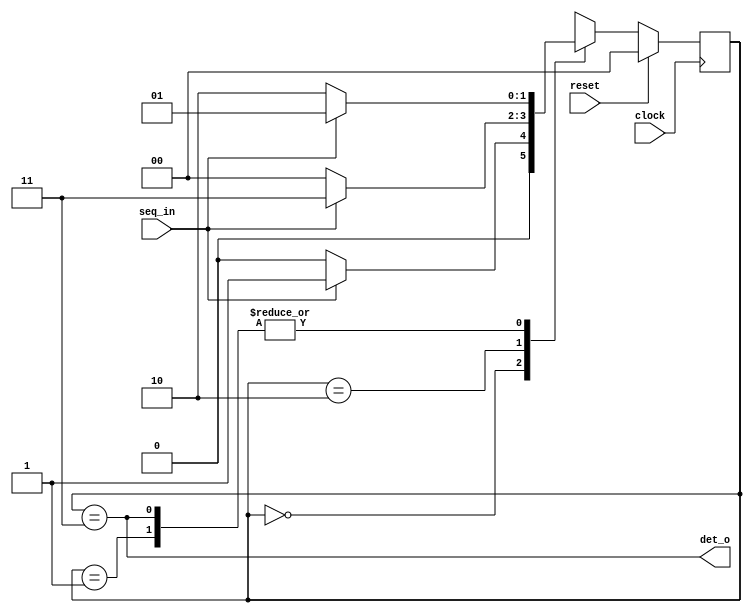
module seq_det(input seq_in,clock,reset,output det_o);
reg [1:0]state,next_state;
parameter IDLE=2'b00, STATE1 = 2'b01, STATE2 = 2'b10, STATE3=2'b11;

always@(posedge clock)begin
	if(reset)begin
		state<=IDLE;
	end
	else begin
		state<=next_state;
	end
end
always@(*)begin
	 case(state)
	    IDLE   : next_state = seq_in ? STATE1 : IDLE ;
	    STATE1 : next_state = seq_in ? STATE1 : STATE2 ;
	    STATE2 : next_state = seq_in ? STATE3 : IDLE ;
        STATE3 : next_state = seq_in ? STATE1 : STATE2 ;
	    default: next_state=IDLE;
	 endcase
   end
assign det_o = (state==STATE3);
endmodule